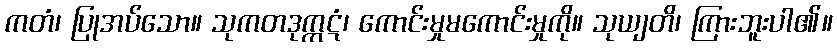
ကတံ၊ ပြုအပ်သော။ သုကတဒုက္ကဋံ၊ ကောင်းမှုမကောင်းမှုကို။ သုယျတိ၊ ကြားဘူးပါ၏။